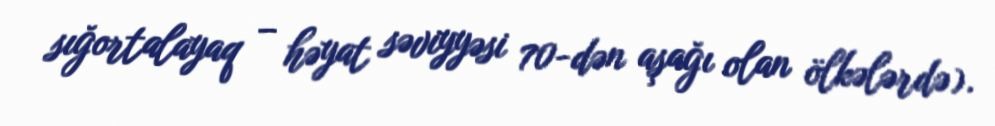
sığortalayaq – həyat səviyyəsi 70-dən aşağı olan ölkələrdə).